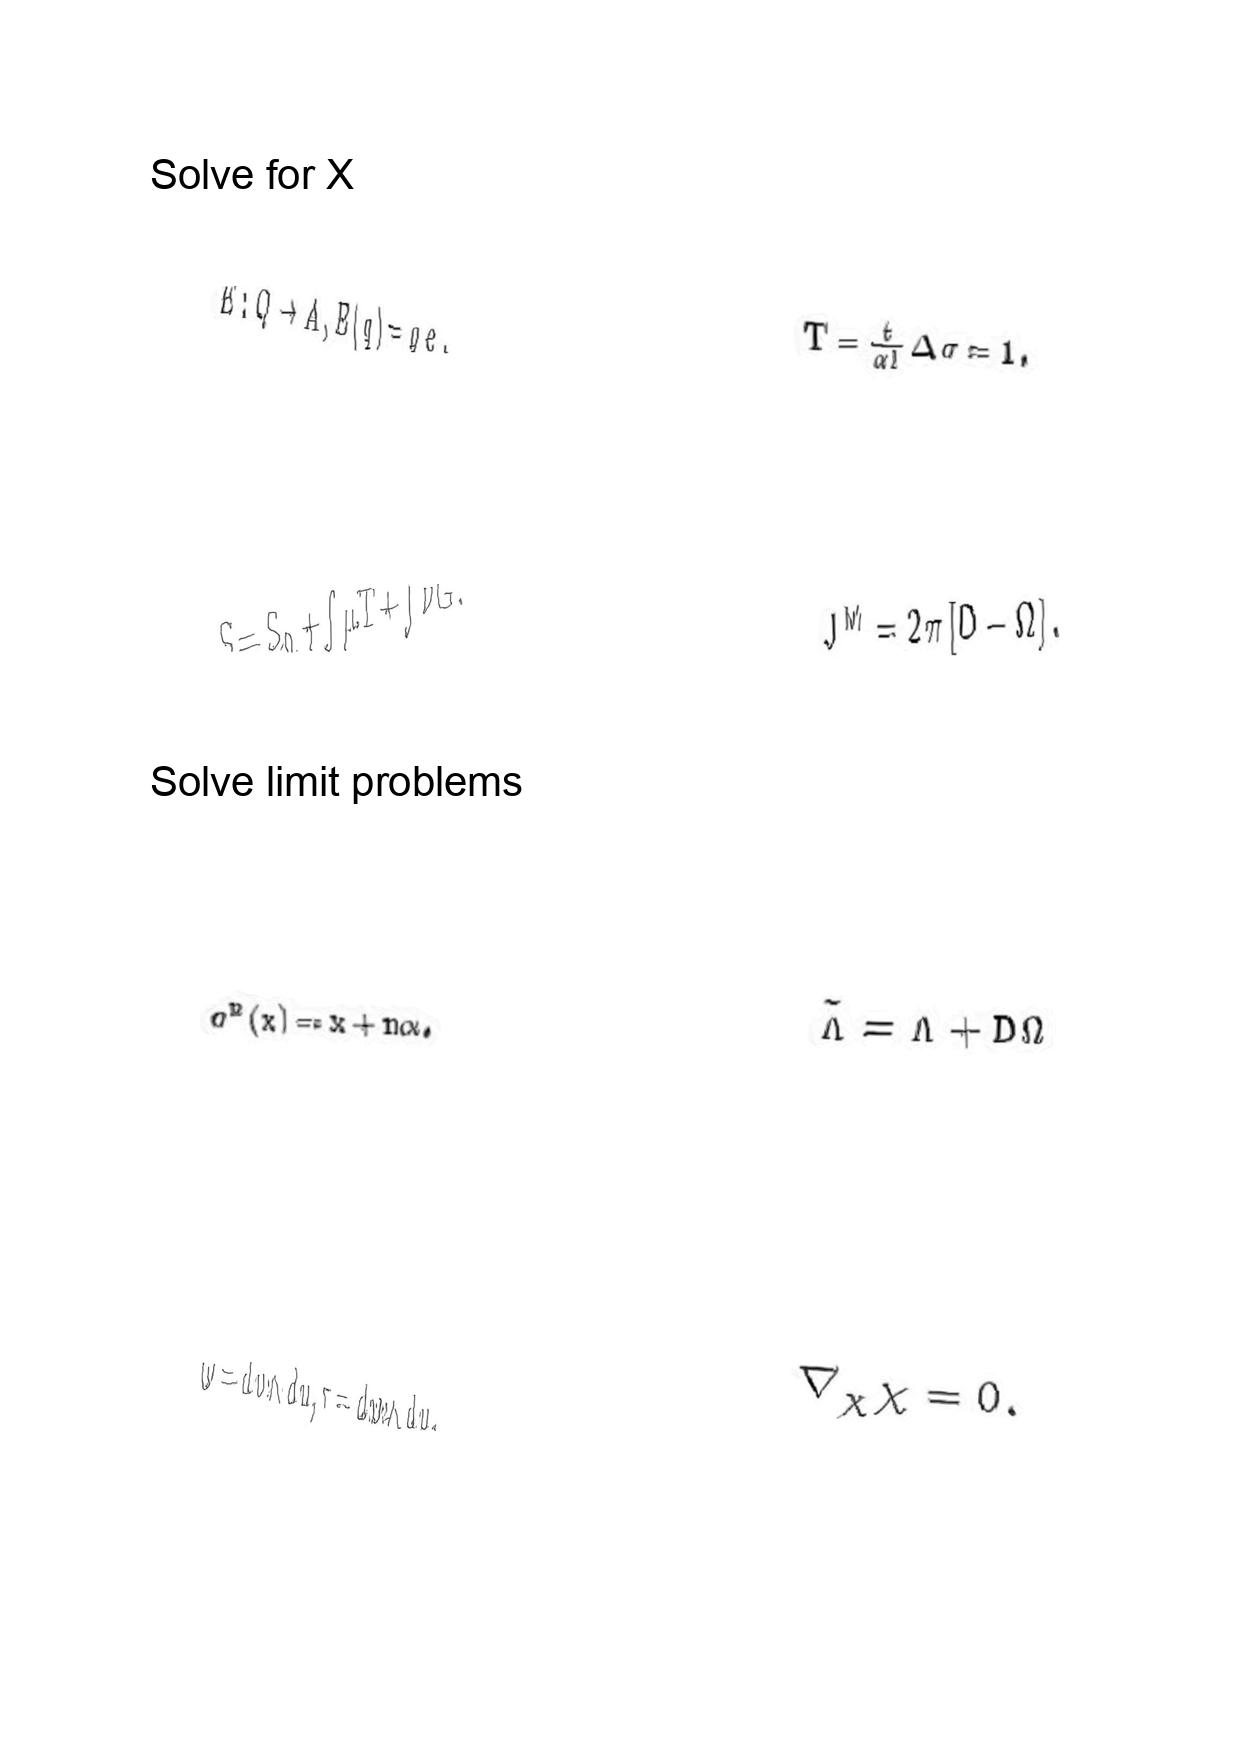
LaTeX transcription:
E : Q \to A , E \lparen q \rparen = q e .
S = S _ { 0 } + \int \mu T + \int \nu G .
\sigma ^ { n } \lparen x \rparen = x + n \alpha .
\omega = d v \wedge d u , \tau = d w \wedge d u .
T = \frac { t } { \alpha l } \Delta \sigma = 1 .
J ^ { M } = 2 \pi \lbrack D - \Omega \rbrack .
\tilde { \Lambda } = \Lambda + D \Omega
\nabla _ { \chi } \chi = 0 .